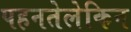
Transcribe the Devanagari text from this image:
पहनतेलेकिन